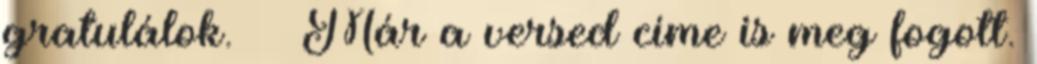
gratulálok.  Már a versed címe is meg fogott.